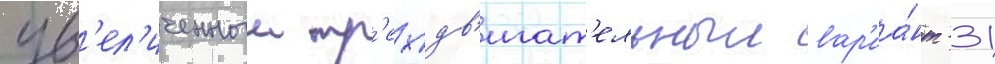
ув'ел'иченныи тр'ехдв'игат'ельныи вар'иа́нт -31